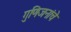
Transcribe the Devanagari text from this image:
गुणिजनांचे